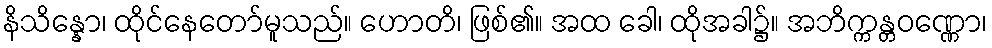
နိသိန္နော၊ ထိုင်နေတော်မူသည်။ ဟောတိ၊ ဖြစ်၏။ အထ ခေါ၊ ထိုအခါ၌။ အဘိက္ကန္တဝဏ္ဏော၊